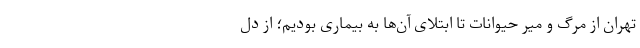
تهران از مرگ و میر حیوانات تا ابتلای آن‌ها به بیماری بودیم؛ از دل